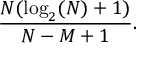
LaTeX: { \frac { N ( \log _ { 2 } ( N ) + 1 ) } { N - M + 1 } } .